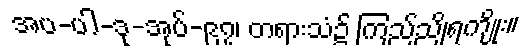
အပ-ပါ-ဒု-အုပ်-၉၇၊ တရားသံ၌ ကြည်ညိုရကျိုး။